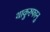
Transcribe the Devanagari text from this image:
थाकुरुफानु